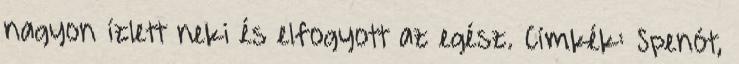
nagyon ízlett neki és elfogyott az egész. Címkék: Spenót,